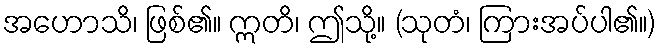
အဟောသိ၊ ဖြစ်၏။ ဣတိ၊ ဤသို့။ (သုတံ၊ ကြားအပ်ပါ၏။)